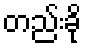
တည်းခို